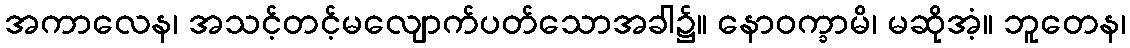
အကာလေန၊ အသင့်တင့်မလျောက်ပတ်သောအခါ၌။ နောဝက္ခာမိ၊ မဆိုအံ့။ ဘူတေန၊